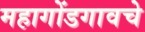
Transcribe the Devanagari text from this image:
महागोंडगावचे